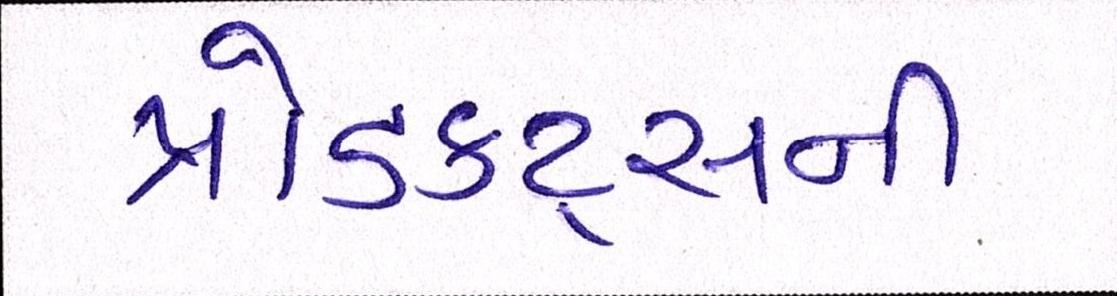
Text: પ્રોડક્ટ્સની